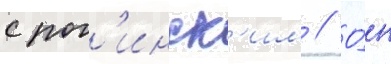
с рог'инск'им // О́н